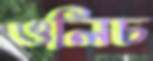
ওলিচ